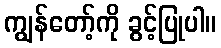
ကျွန်တော့်ကို ခွင့်ပြုပါ။